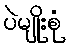
ပဲမျိုးစုံ